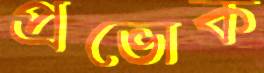
প্রভোক